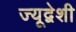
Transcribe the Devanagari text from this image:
ज्यूद्वेशी